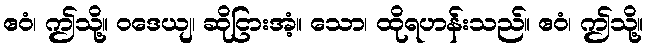
ဧဝံ၊ ဤသို့။ ဝဒေယျ၊ ဆိုငြားအံ့။ သော၊ ထိုရဟန်းသည်။ ဧဝံ၊ ဤသို့။